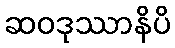
ဆဝဒုဿာနိပိ